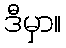
ဒီမှာ။